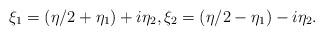
LaTeX: \begin{align*}\xi_1=(\eta /2+\eta_1)+i\eta_2,\xi_2=(\eta /2-\eta_1)-i\eta_2.\end{align*}